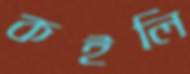
কইলি